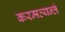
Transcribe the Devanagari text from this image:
करमत्यन्तं